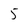
Character: 5